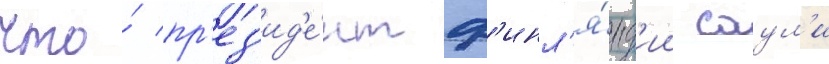
что́ пр'ез'ид'е́нт ф'инл'я́нд'ии саул'и